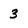
Character: 3